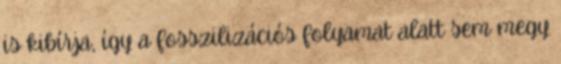
is kibírja, így a fosszilizációs folyamat alatt sem megy